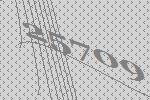
25709